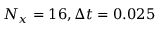
N _ { x } = 1 6 , \Delta t = 0 . 0 2 5